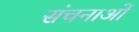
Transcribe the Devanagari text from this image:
संचनाओं